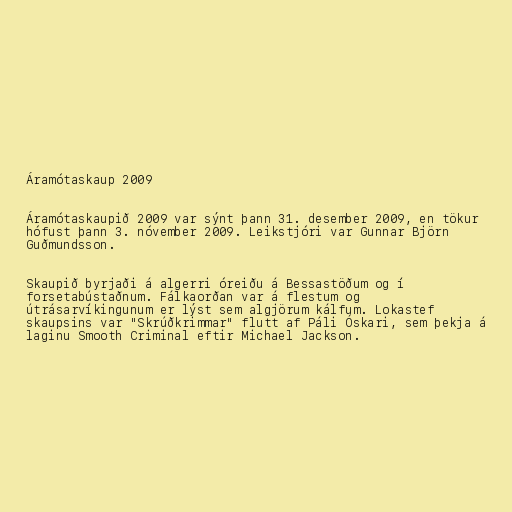
Áramótaskaup 2009

Áramótaskaupið 2009 var sýnt þann 31. desember 2009, en tökur
hófust þann 3. nóvember 2009. Leikstjóri var Gunnar Björn
Guðmundsson.

Skaupið byrjaði á algerri óreiðu á Bessastöðum og í
forsetabústaðnum. Fálkaorðan var á flestum og
útrásarvíkingunum er lýst sem algjörum kálfum. Lokastef
skaupsins var "Skrúðkrimmar" flutt af Páli Óskari, sem þekja á
laginu Smooth Criminal eftir Michael Jackson.